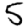
Digit: 5